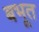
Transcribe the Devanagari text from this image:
बभूत